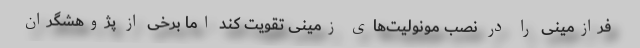
فرازمینی را در نصب مونولیت‌های زمینی تقویت کند اما برخی از پژوهشگران